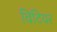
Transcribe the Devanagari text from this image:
विटियर